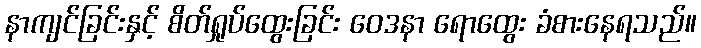
နာကျင်ခြင်းနှင့် စိတ်ရှုပ်ထွေးခြင်း ဝေဒနာ ရောထွေး ခံစားနေရသည်။